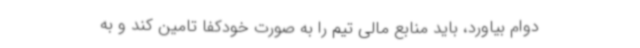
دوام بیاورد، باید منابع مالی تیم را به صورت خودکفا تامین کند و به